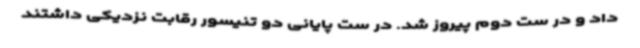
داد و در ست دوم پیروز شد. در ست پایانی دو تنیسور رقابت نزدیکی داشتند